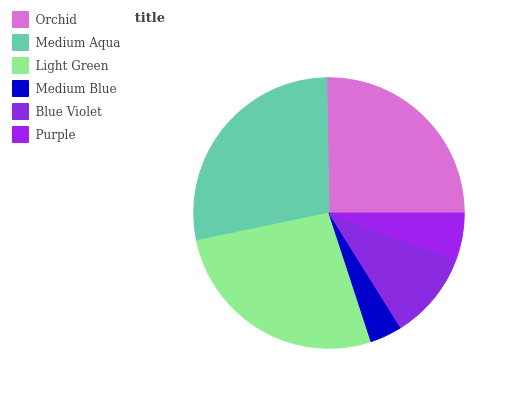
| Orchid | Medium Aqua | Light Green | Medium Blue | Blue Violet | Purple |
 | --- | --- | --- | --- | --- | --- |
 | 25.3% | 28% | 26.7% | 3.87% | 10.5% | 5.6% |